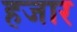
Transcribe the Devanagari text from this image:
हजार